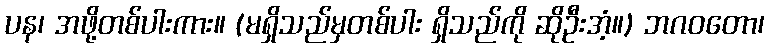
ပန၊ အဖို့တစ်ပါးကား။ (မရှိသည်မှတစ်ပါး ရှိသည်ကို ဆိုဦးအံ့။) ဘဂဝတော၊